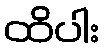
ထိပါး